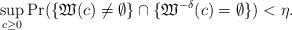
LaTeX: \begin{align*}\sup_{c \ge 0}\Pr(\{\mathfrak W(c)\ne\emptyset\}\cap \{\mathfrak W^{-\delta}(c)=\emptyset\})<\eta.\end{align*}